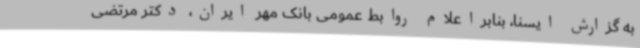
به گزارش ایسنا، بنابراعلام روابط عمومی بانک مهر ایران، دکتر مرتضی